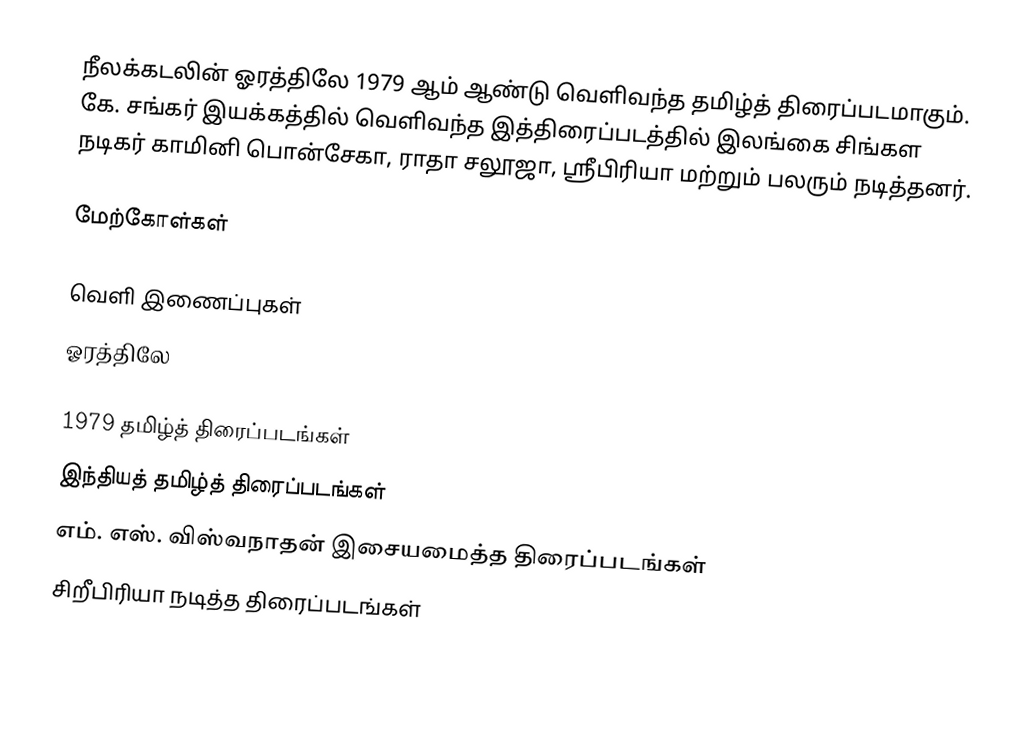
நீலக்கடலின் ஓரத்திலே 1979 ஆம் ஆண்டு வெளிவந்த தமிழ்த் திரைப்படமாகும். கே. சங்கர் இயக்கத்தில் வெளிவந்த இத்திரைப்படத்தில் இலங்கை சிங்கள நடிகர் காமினி பொன்சேகா, ராதா சலூஜா, ஸ்ரீபிரியா மற்றும் பலரும் நடித்தனர்.

மேற்கோள்கள்

வெளி இணைப்புகள்
ஓரத்திலே

1979 தமிழ்த் திரைப்படங்கள்
இந்தியத் தமிழ்த் திரைப்படங்கள்
எம். எஸ். விஸ்வநாதன் இசையமைத்த திரைப்படங்கள்
சிறீபிரியா நடித்த திரைப்படங்கள்